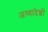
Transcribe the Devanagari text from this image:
अध्‍यादेशों